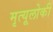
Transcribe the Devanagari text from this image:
मृत्यूलोकी